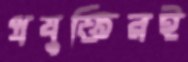
প্রযুক্তিরই